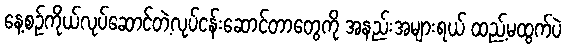
နေ့စဉ်ကိုယ်လုပ်ဆောင်တဲ့လုပ်ငန်းဆောင်တာတွေကို အနည်းအများရယ် ထည့်မထွက်ပဲ